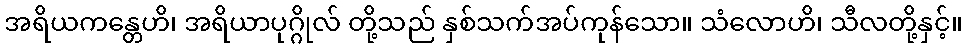
အရိယကန္တေဟိ၊ အရိယာပုဂ္ဂိုလ် တို့သည် နှစ်သက်အပ်ကုန်သော။ သံလောဟိ၊ သီလတို့နှင့်။